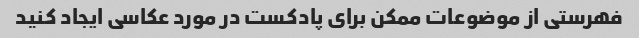
فهرستی از موضوعات ممکن برای پادکست در مورد عکاسی ایجاد کنید